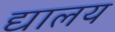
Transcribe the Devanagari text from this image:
द्यालय